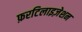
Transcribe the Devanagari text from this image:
फ़रटिलाइज़ेशन